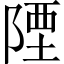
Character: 陻